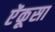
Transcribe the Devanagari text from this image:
ऐंकूसा